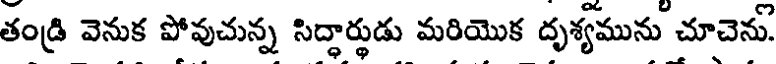
తండ్రి వెనుక పోవుచున్న సిద్ధార్థుడు మరియొక దృశ్యమును చూచెను.